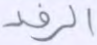
الرفد